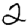
Digit: 2